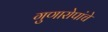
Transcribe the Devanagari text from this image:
गुणारोपांचे